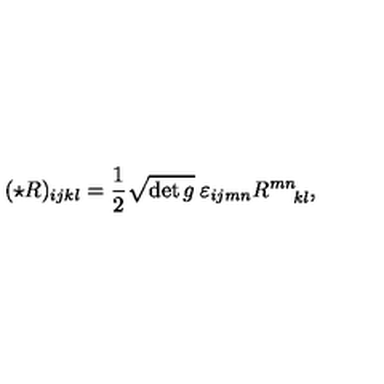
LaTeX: ( \star R ) _ { i j k l } = { \frac { 1 } { 2 } } \sqrt { \det g } \: \varepsilon _ { i j m n } R _ { \: \: \: \: \: \: k l } ^ { m n } ,